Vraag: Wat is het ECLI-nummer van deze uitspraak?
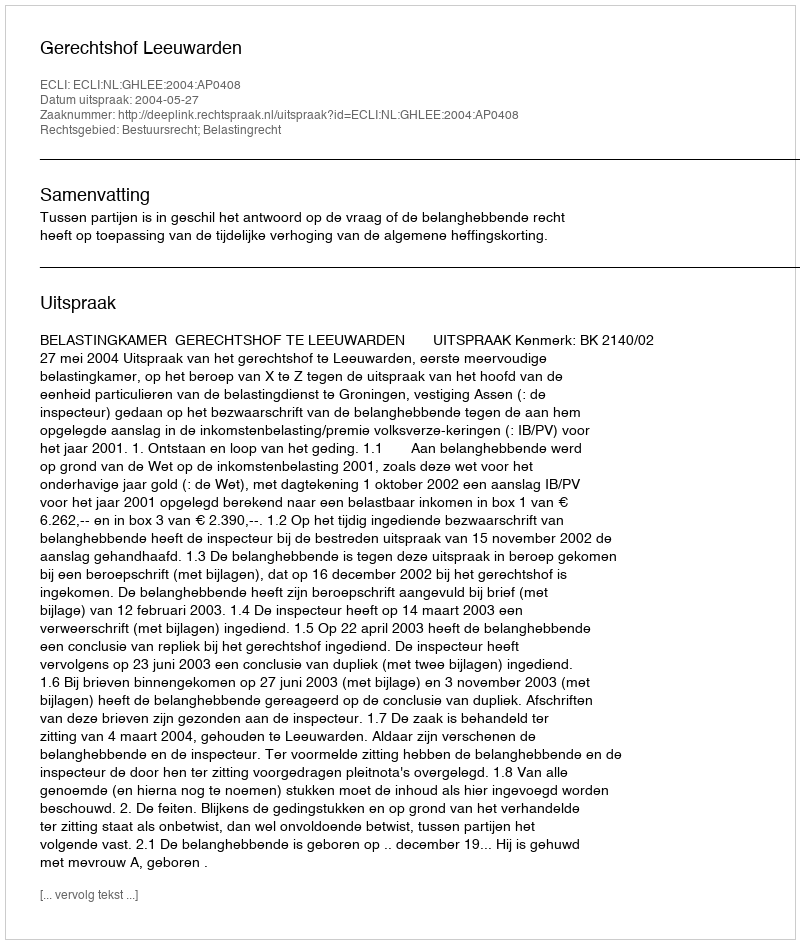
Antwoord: ECLI:NL:GHLEE:2004:AP0408